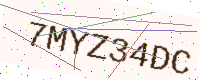
Text: 7MYZ34DC